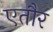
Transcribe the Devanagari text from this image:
एतौर